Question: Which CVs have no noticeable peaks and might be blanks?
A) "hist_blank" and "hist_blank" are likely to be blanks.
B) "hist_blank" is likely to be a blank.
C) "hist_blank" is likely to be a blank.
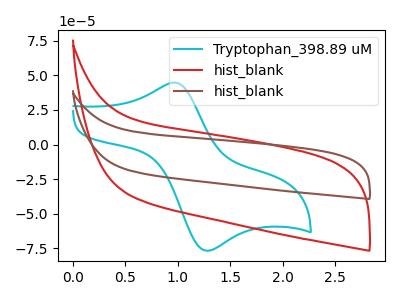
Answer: <think>The cyan curve "Tryptophan_398.89 uM" has an anodic peak at (0.95V, 44.75uA) and a cathodic peak at (1.25V, -76.70uA). The red curve "hist_blank" has no peaks. The brown curve "hist_blank" has no peaks.</think>
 <answer>A) "hist_blank" and "hist_blank" are likely to be blanks.</answer>
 <eval>A</eval>